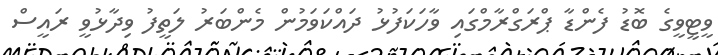
ވީޓީވީގެ ބޮޑު ފެންޑާ ޕްރަގްރާމްގައި ވާހަކަފުޅު ދައްކަވަމުން މެންބަރު ލަތީފު ވިދާޅުވީ ރައީސް